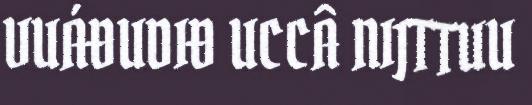
VUÁĐUDIĐ UCCÂ NIJTTUU